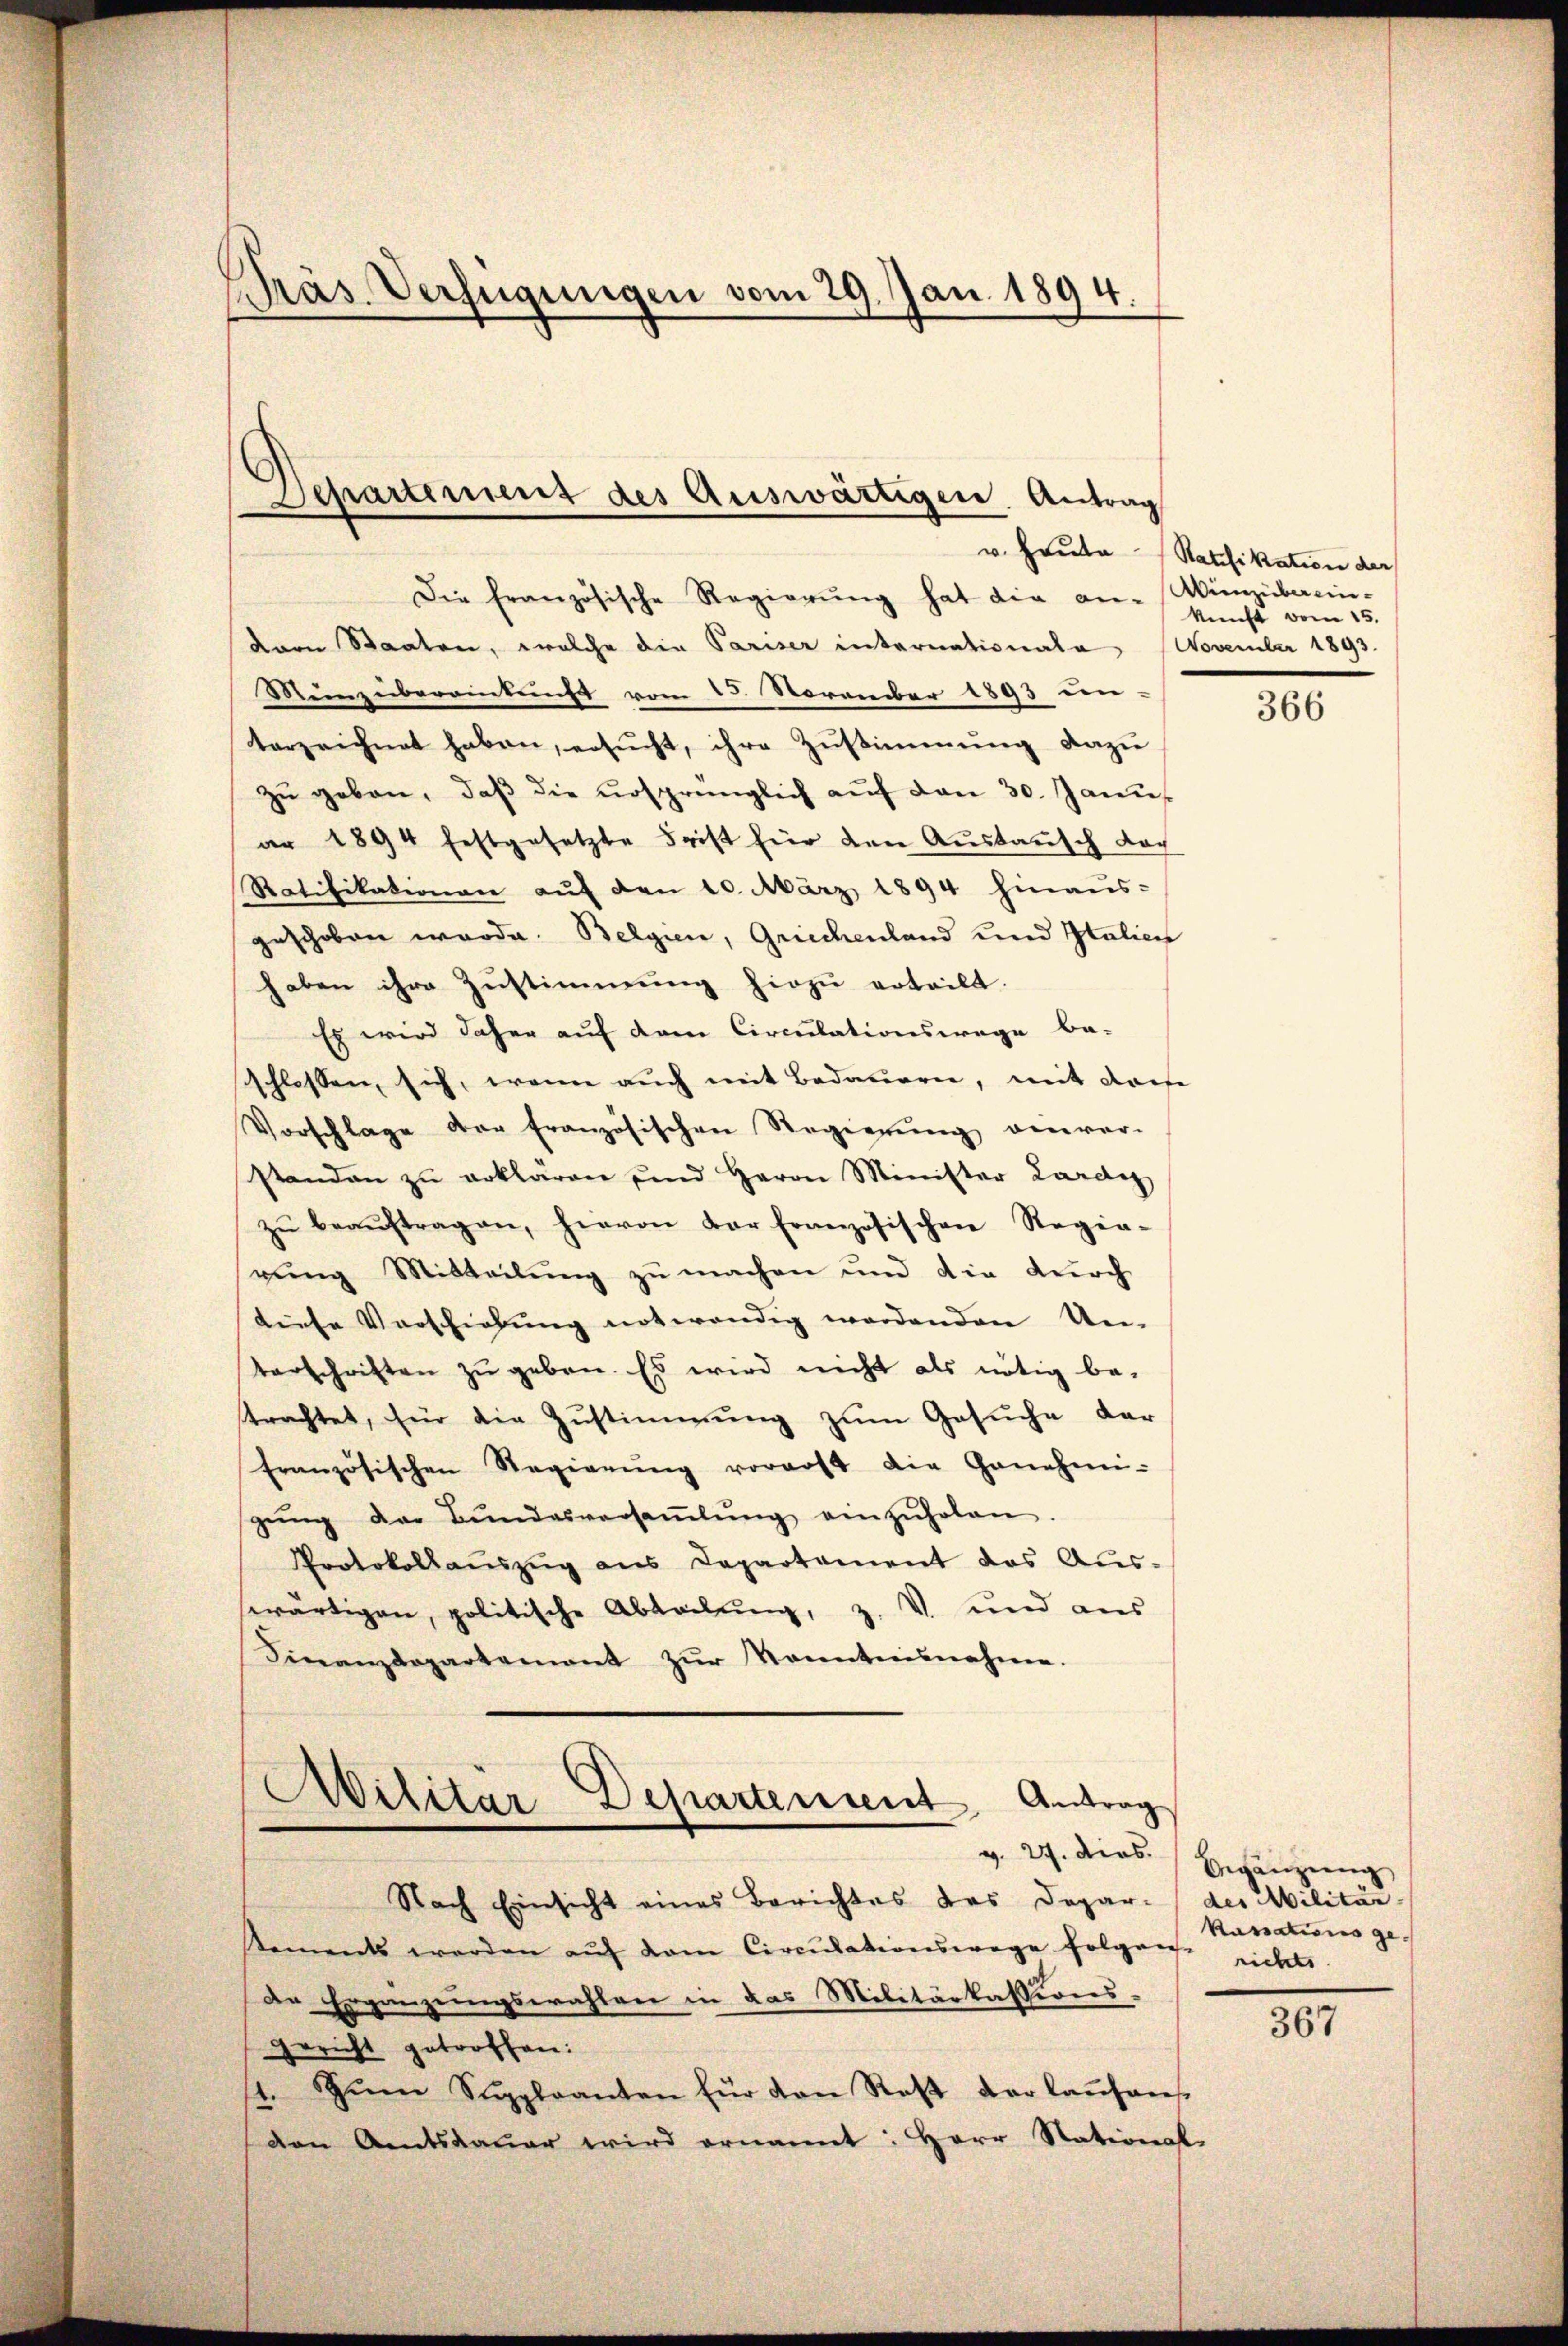
Präs. Verfügungen vom 29. Jan. 1894.

Die französische Regierung hat die an-
varn Staaten, welche die Pariser internationala
Munzübereinkunft vom 15. November 1893 un-
terzeichnet haben, ersŭcht, ihre Zŭstimmung dazŭ
zŭ geben, daβ die ursprünglich aŭf den 30. Janu
ar 1894 festgesetzte Frist für den Aŭstaŭsch doch
Ratifikationen aŭf den 10. März 1894 hinaŭs-
geschoben werde. Belgien, Griechenland und Italien
haben ihre Zustimmung hiezu erteilt.
Es wird daher auf dem Circulationswege be-
schlossen, sich, wenn auch mit Bedauern, mit dem
Vorschlage der französischen Regierŭng einver-
standen zu erklären und Herrn Minister Lardig
zŭ beaŭftragen, hievon der französischen Regia-
rung Mitteilung zu machen und die durch
diese Vorschiebung notwendig werdenden Ue-
terschriften zŭ geben. Es wird nicht als nötig be-
trachtet, für die Zŭstimmung zŭm Gesŭche dar
französischen Regierŭng vorgott die Genehmi-
gŭng der Bŭndesversaṁlŭng einzŭholen.
Protokollaŭszŭg ans Departement das Aus-
swärtigen, politische Abteilung, z. V. und aus
Finanzdepartement zŭr Kenntnisnahme.

Rements werden aŭf dem Circŭlationswege folgen richti
de Ergänzungswahlen in das Militärkassions-
Gericht getroffen:
1. Zum Suppleanten für von Rest der laŭtans
ven Amtsdaŭer wird ernannt: Herr National-

Departement des Auswärtigen. Antrag

Ailitär-Departement Antrag
v. 24. dies
Nach Einsicht eines Berichtes das Depar- des Militär

u. Heute Ratifikation der
Wiezüberein-
kunft vom 15.
November 1893.

366

Begänzung
Kassations ge¬

367